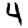
Digit: 4